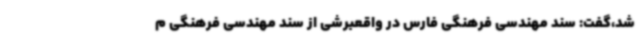
شد،گفت: سند مهندسی فرهنگی فارس در واقعبرشی از سند مهندسی فرهنگی م